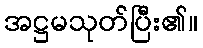
အဋ္ဌမသုတ်ပြီး၏။